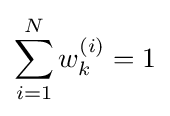
\sum _{i=1}^{N}w_{k}^{(i)}=1